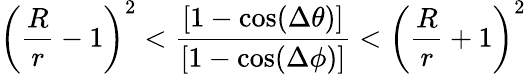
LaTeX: \left(\frac{R}{r}-1\right)^{2}<\frac{\left[1-\cos(\Delta\theta)\right]}{\left[1-\cos(\Delta\phi)\right]}<\left(\frac{R}{r}+1\right)^{2}